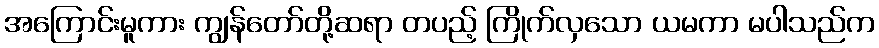
အကြောင်းမူကား ကျွန်တော်တို့ဆရာ တပည့် ကြိုက်လှသော ယမကာ မပါသည်က